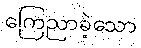
ကြေညာခဲ့သော